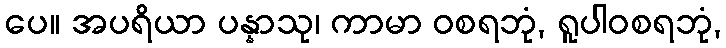
ပေ။ အပရိယာ ပန္နာသု၊ ကာမာ ဝစရဘုံ, ရူပါဝစရဘုံ,